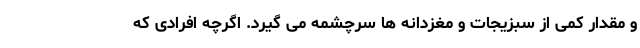
و مقدار کمی از سبزیجات و مغزدانه ها سرچشمه می گیرد. اگرچه افرادی که